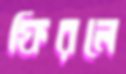
ফিরলে